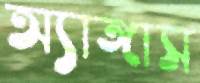
অ্যাঙ্গাস